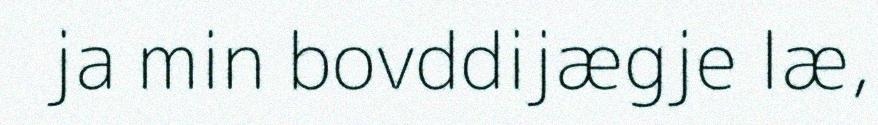
ja min bovddijægje læ,